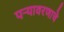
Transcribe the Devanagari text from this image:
पऱ्यावरणाचे